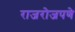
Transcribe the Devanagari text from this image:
राजरोजपणे